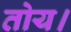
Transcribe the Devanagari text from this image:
तोय।